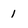
Character: 1